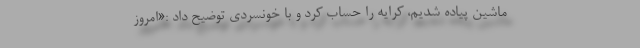
ماشین پیاده شدیم، کرایه را حساب کرد و با خونسردی توضیح داد :«امروز